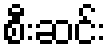
စီးဆင်း